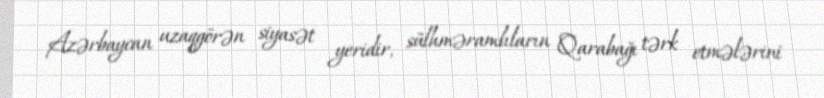
Azərbaycan uzaqgörən siyasət yeridir, sülhməramlıların Qarabağı tərk etmələrini